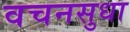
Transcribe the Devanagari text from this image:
वचनसुधा